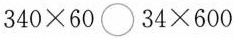
$$3 4 0 \times 6 0 \bigcirc 3 4 \times 6 0 0$$